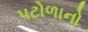
પટોળાનો